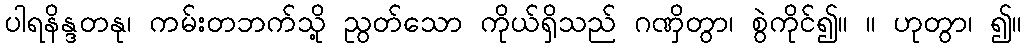
ပါရနိန္ဒတနု၊ ကမ်းတဘက်သို့ ညွတ်သော ကိုယ်ရှိသည် ဂဏှိတွာ၊ စွဲကိုင်၍။ ။ ဟုတွာ၊ ၍။